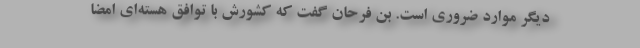
دیگر موارد ضروری است. بن فرحان گفت که کشورش با توافق هسته‌ای امضا